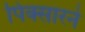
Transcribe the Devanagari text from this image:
पिक्सारने